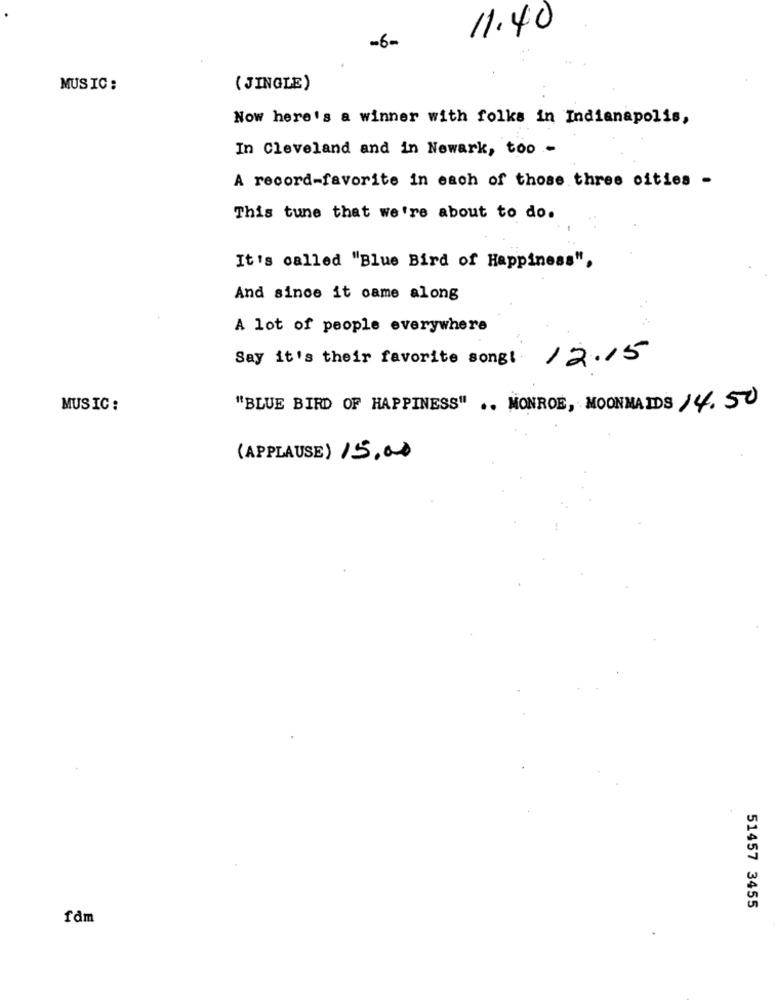
11.40
-6-
MUSIC:
( JINGLE)
Now here's a winner with folks in Indianapolis,
In Cleveland and in Newark, too -
A record-favorite in each of those three cities -
This tune that we're about to do.
It's called "Blue Bird of Happiness".
And since it came along
A lot of people everywhere
Say it's their favorite song!
12.15
MUSIC:
"BLUE BIRD OF HAPPINESS" .. MONROE, MOONMAIDS 14.50
(APPLAUSE) 15.00
51457 3455
fdm